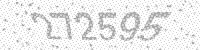
Solution: 272595